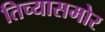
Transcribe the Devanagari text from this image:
तिच्यासमोर